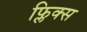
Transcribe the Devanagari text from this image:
फ्लिक्स